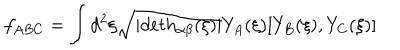
LaTeX: f _ { A B C } = \int d ^ { 2 } \xi \sqrt { | d e t h _ { \alpha \beta } ( \xi ) | } Y _ { A } ( \xi ) [ Y _ { B } ( \xi ) , Y _ { C } ( \xi ) ]